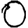
Digit: 0